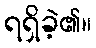
ရရှိခဲ့၏။